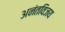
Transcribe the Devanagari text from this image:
अनंतविजय